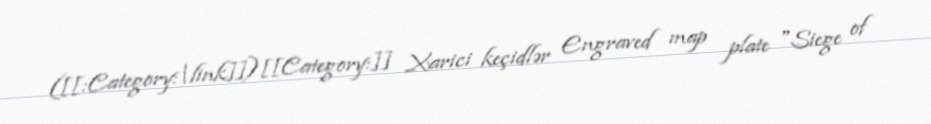
([[:Category:|link]])[[Category:]] Xarici keçidlər Engraved map plate "Siege of